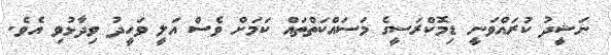
ނަޝީދު ކުރައްވަނީ ޑިމޮކްރަސީގެ މަސައްކަތްތައް ކަމަށް ވެސް އަލީ ވަހީދު ވިދާޅުވި އެވެ.